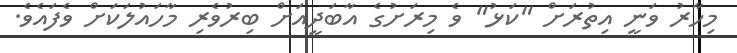
މިހާރު ވަނީ އިތުރަށް "ކަޅު" ވެ މިރަށުގެ އާބަދީއަށް ބިރުވެރި މާހައުލަކަށް ވެފައެވެ.